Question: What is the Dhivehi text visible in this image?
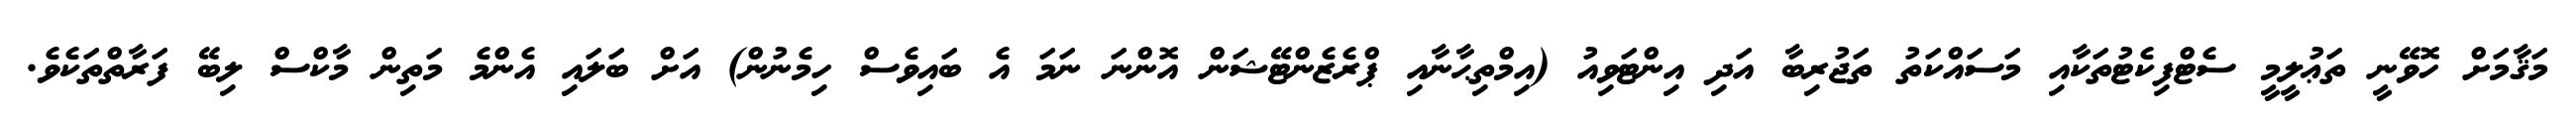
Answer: މަޤާމަށް ހޮވޭނީ ތަޢުލީމީ ސެޓްފިކެޓުތަކާއި މަސައްކަތު ތަޖުރިބާ އަދި އިންޓަވިއު (އިމްތިޙާނާއި ޕްރެޒެންޓޭޝަން އޮންނަ ނަމަ އެ ބައިވެސް ހިމެނުން) އަށް ބަލައި އެންމެ މަތިން މާކްސް ލިބޭ ފަރާތްތަކެވެ.